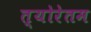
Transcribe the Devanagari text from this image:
त्योरेतम